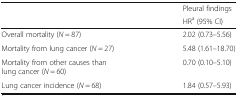
<table><thead><tr><td></td><td><b>Pleural findings</b></td></tr><tr><td></td><td><b>HR<sup>a</sup> (95% CI)</b></td></tr></thead><tbody><tr><td>Overall mortality (<i>N</i> = 87)</td><td>2.02 (0.73–5.56)</td></tr><tr><td>Mortality from lung cancer (<i>N</i> = 27)</td><td>5.48 (1.61–18.70)</td></tr><tr><td>Mortality from other causes than lung cancer (<i>N</i> = 60)</td><td>0.70 (0.10–5.10)</td></tr><tr><td>Lung cancer incidence (<i>N</i> = 68)</td><td>1.84 (0.57–5.93)</td></tr></tbody></table>